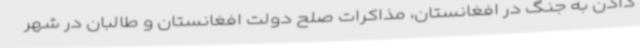
دادن به جنگ در افغانستان، مذاکرات صلح دولت افغانستان و طالبان در شهر